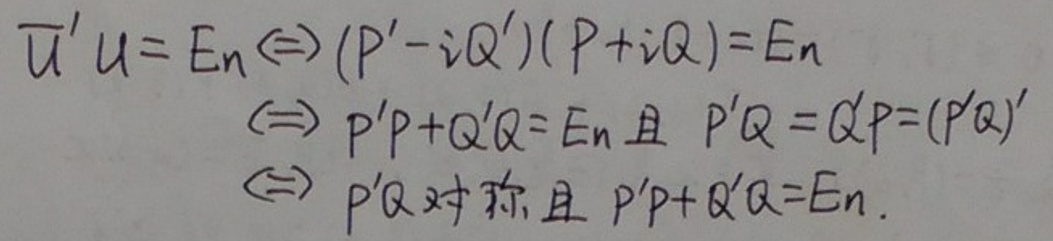
\(\overline{u}'u = E_n \Leftrightarrow (P' - iQ')(P + iQ) = E_n \)\\
\(\Leftrightarrow P'P + Q'Q = E_n  \)且\(  P'Q = Q'P = (P'Q)'\)\\
\(\Leftrightarrow P'Q  \)对称且\(  P'P + Q'Q = E_n.\)